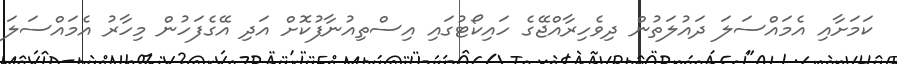
ކަމަށާއި އެމައްސަލަ ދައުލަތުން ދިވެހިރާއްޖޭގެ ހައިކޯޓުގައި އިސްތިއުނާފުކޮށް އަދި އޭގެފަހުން މިހާރު އެމައްސަލަ